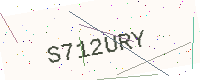
Text: S712URY